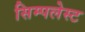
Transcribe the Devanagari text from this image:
सिम्पलेस्ट